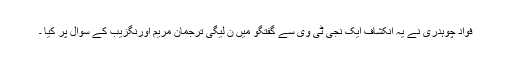
فواد چوہدری نے یہ انکشاف ایک نجی ٹی وی سے گفتگو میں ن لیگی ترجمان مریم اورنگزیب کے سوال پر کیا ۔